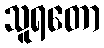
သူရတော